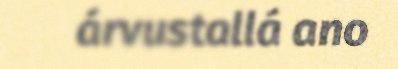
árvustallá ano